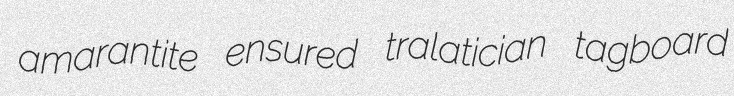
amarantite ensured tralatician tagboard